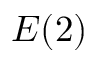
E ( 2 )